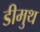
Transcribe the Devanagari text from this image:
डीमुथ